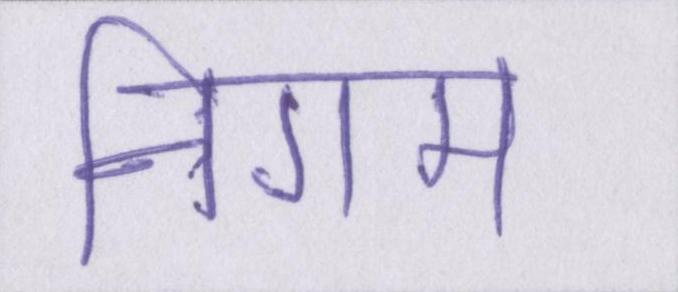
निगम